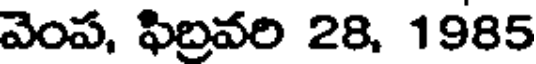
వెంప, ఫిబ్రవరి 28, 1985